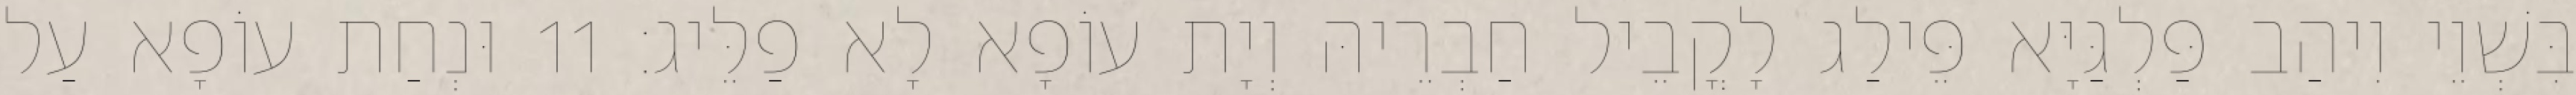
בִּשְׁוֵי וִיהַב פַּלְגַּיָּא פֵּילַג לָקֳבֵיל חַבְרֵיהּ וְיָת עוֹפָא לָא פַלֵּיג׃ 11 וּנְחַת עוֹפָא עַל